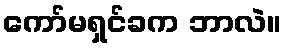
ကော်မရှင်ခက ဘာလဲ။